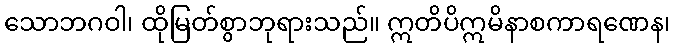
သောဘဂဝါ၊ ထိုမြတ်စွာဘုရားသည်။ ဣတိပိဣမိနာစကာရဏေန၊